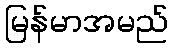
မြန်မာအမည်